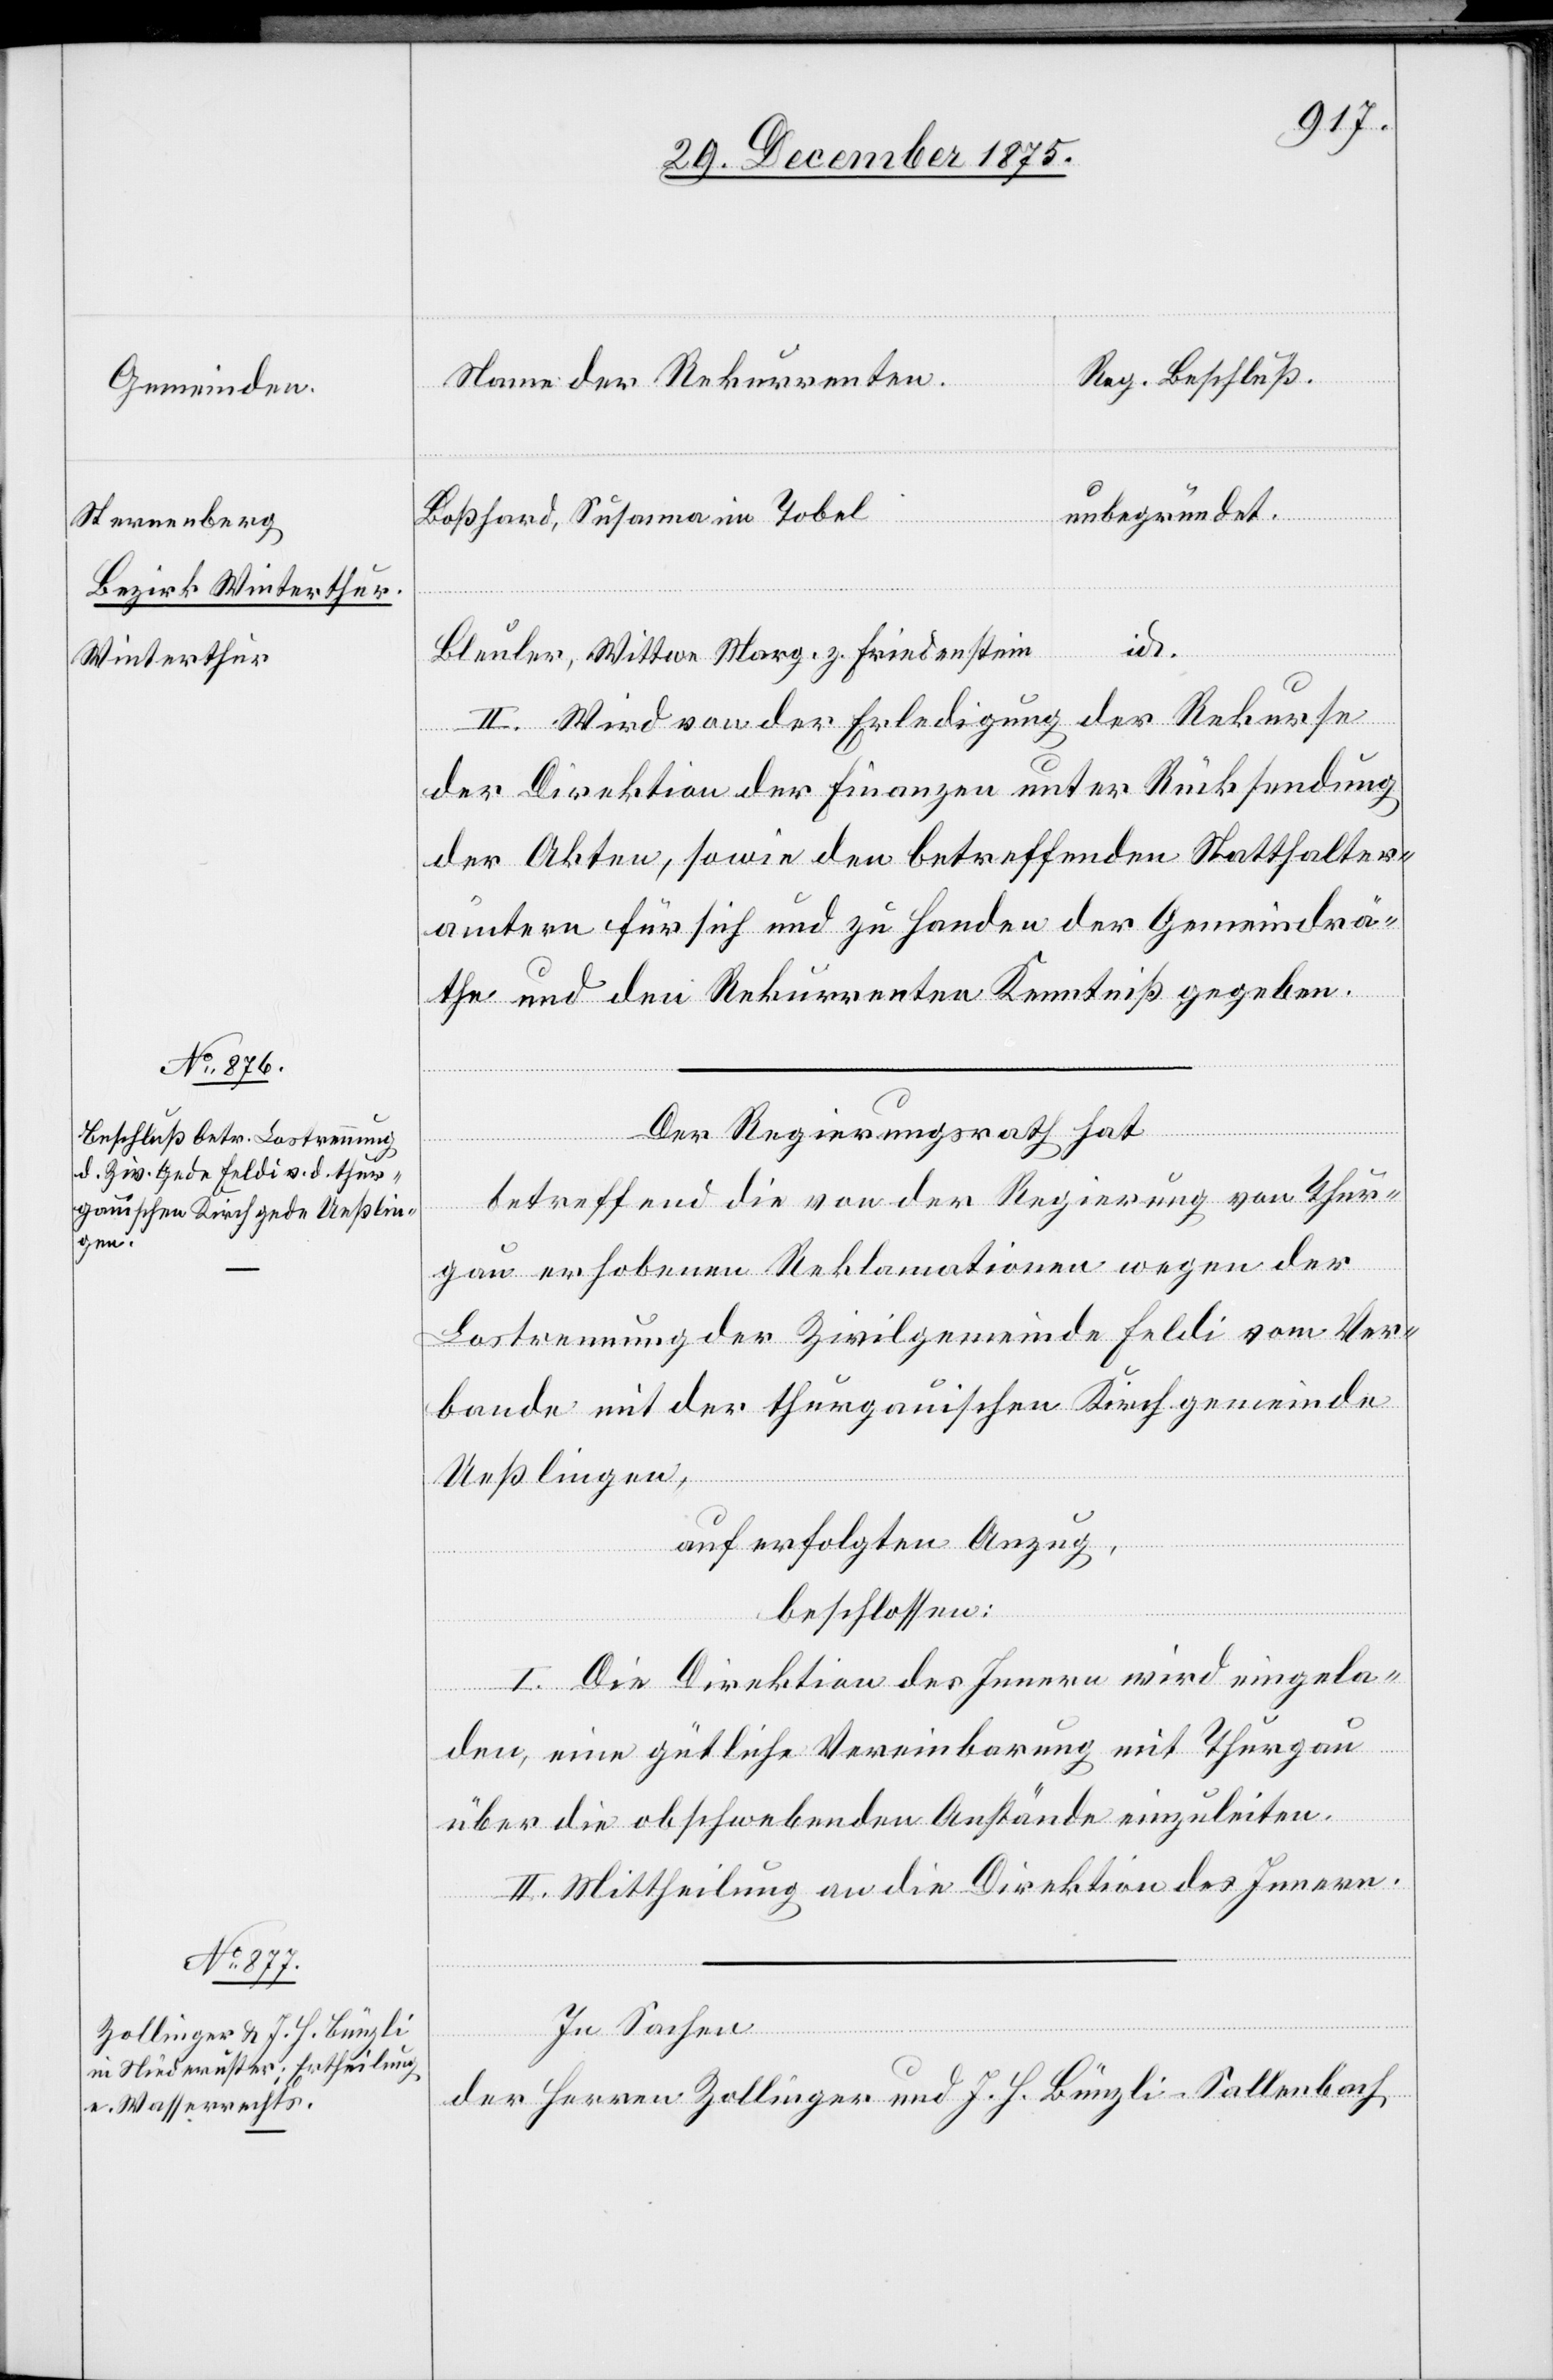
Gemeinden
Sternenberg
Bezirk Winterthur.
Winterthur

Reg.Beschluß.
Name der Rekurrenten
unbegründet
Boßhard, Susanna im Tobel
Bleuler, Wittwe Marg. z. Friedenstein
id.
II. Wird von der Erledigung der Rekurse
der Direktion der Finanzen unter Rücksendung
der Akten, sowie den betreffenden Statthalter¬
ämtern für sich und zu Handen der Gemeindrä¬
the und den Rekurrenten Kenntniß gegeben.
Der Regierungsrath hat
betreffend die von der Regierung von Thur¬
gau erhobenen Reklamationen wegen der
Lostrennung der Zivilgemeinde Feldi vom Ver¬
bande mit der thurgauischen Kirchgemeinde
Ueßlingen,
auf erfolgten Anzug,
beschlossen:
I. Die Direktion des Innern wird eingela¬
den, eine gütliche Vereinbarung mit Thurgau
über die obschwebenden Anstände einzuleiten.
II. Mittheilung an die Direktion des Innern.
In Sachen
der Herren Zollinger und J. H. Bünzli - Sallenbach